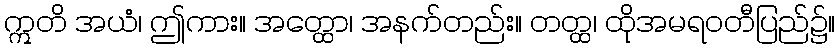
ဣတိ အယံ၊ ဤကား။ အတ္ထော၊ အနက်တည်း။ တတ္ထ၊ ထိုအမရဝတီပြည်၌။